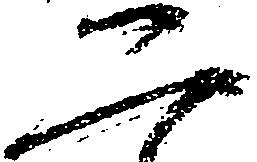
二